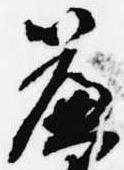
簾